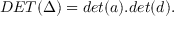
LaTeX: D E T ( \Delta ) = d e t ( a ) . d e t ( d ) .